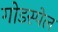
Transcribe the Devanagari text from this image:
गोडस्पेल